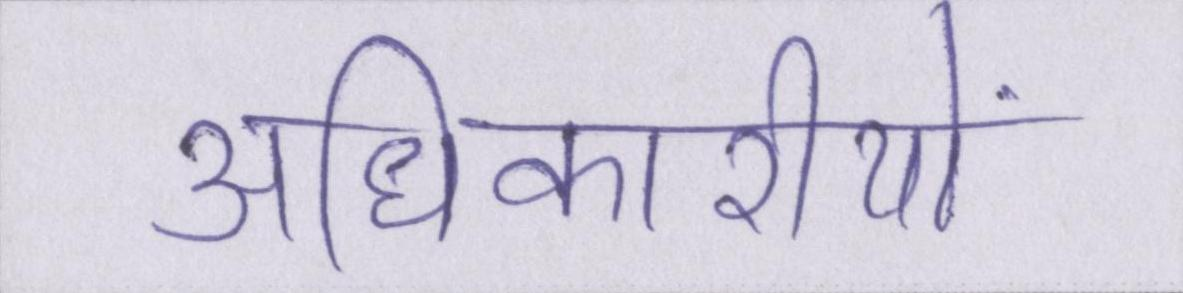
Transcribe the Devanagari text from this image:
अधिकारीयों